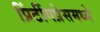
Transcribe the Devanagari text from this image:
प्रिंटींगप्रेसमध्ये